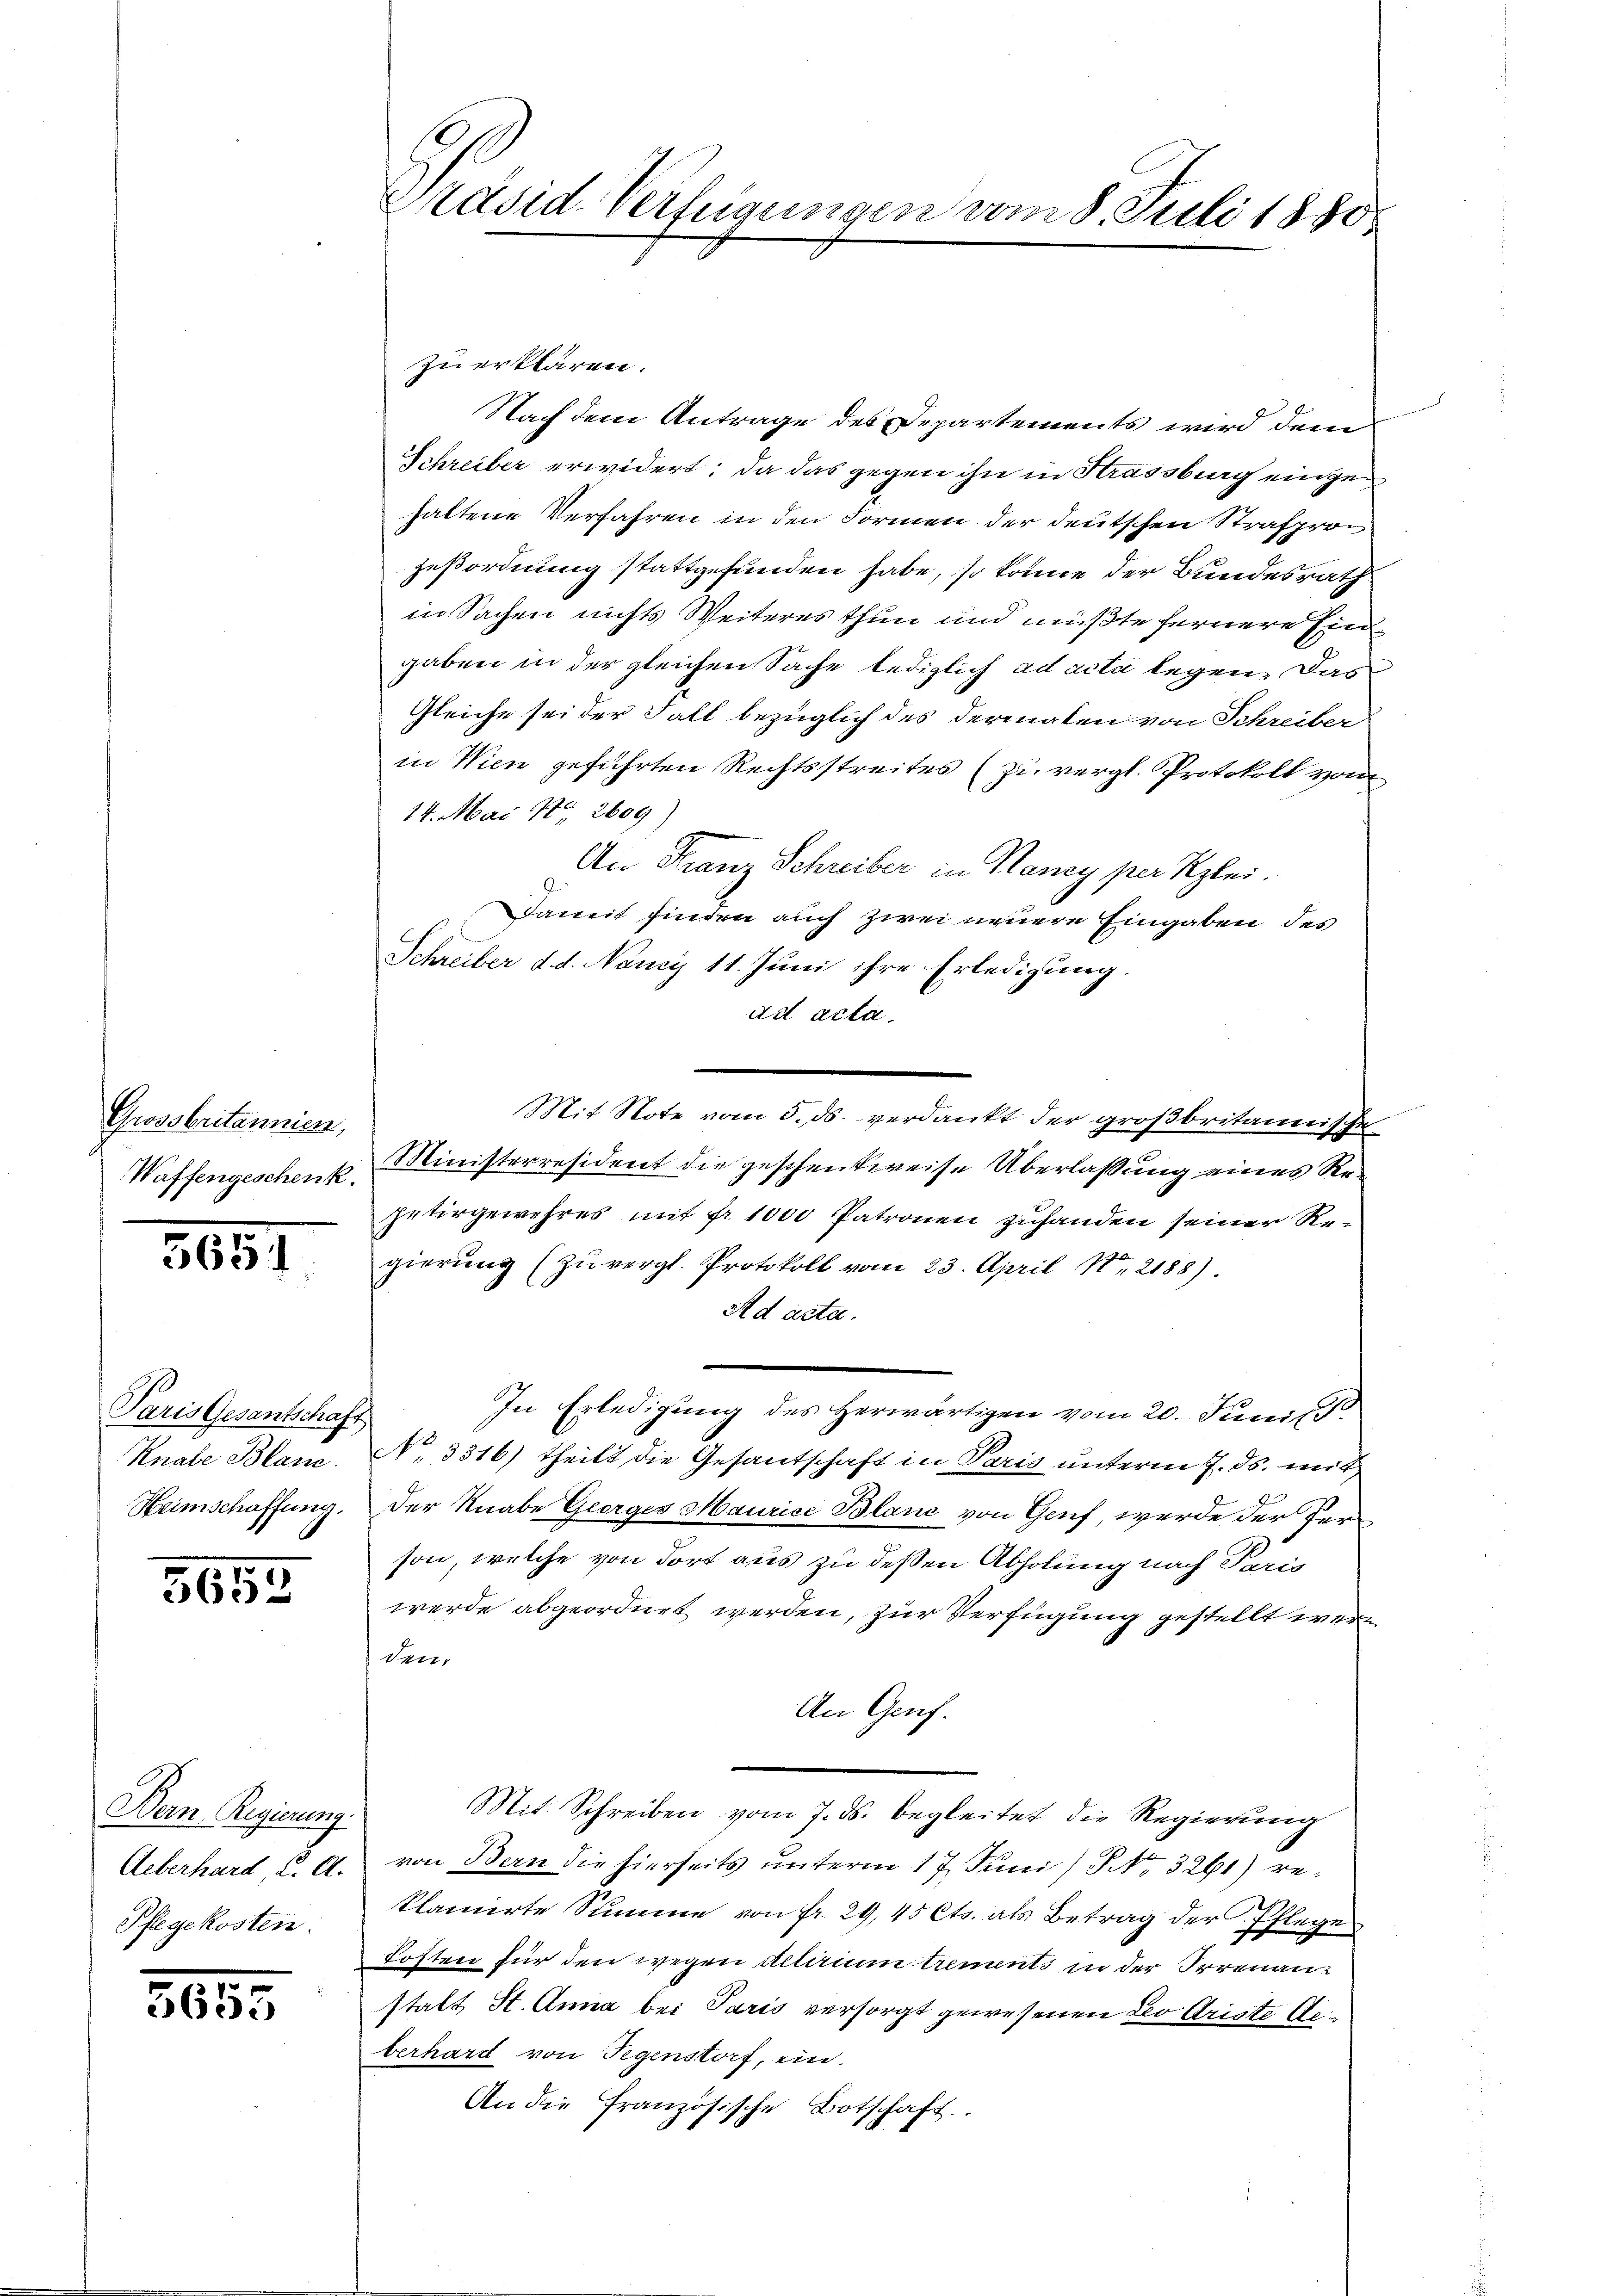
Grossbritannien,
Waffengeschenk

5651

Paris Gesantschaft
Knale Blanc
Heimschaffung.

5652

Dern Regierung.
Ueberhard C. A.
Pfegekosten.

5655

Präsid-Verfügungen vom 8. Juli 1850

zu erklären.
Nach dem Antrage des Departements wird dem
Schreiber erwidert; da das gegen ihn in Krassburg einzuhaltene Verfahren in den Formen der deutschen Strafprozeßordnung stattgefunden habe, so könne der Bundesrath
in Sachen nichts Weiteres thun und mußte fernere Eingaben in der gleichen Sache lediglich ad acta legen. Das
Gleiche sei der Fall bezüglich des dermalen von Schreiber
in Wien geführten Rechtsstreites (zu vergl. Protokoll vom
14. Mai No 2609)
An Franz Schreiber in Raney per Szlei.
Damit finden auch zwei neuere Eingaben des
Schreiber d. d. Nancy 11. Juni ihre Erledigung.
ad acta.
Mit Note vom 5. ds. verdankt der großbritannische
Ministerresident die geschenkweise Überlaßung eines Regütergewehres mit Fr. 1000 Patronen zuhanden seiner Regierung (zu vergl. Protokoll vom 23. April No 2188)
Ad acta.
In Erledigung des herwärtigen vom 20. Juni
No 3316) theilt die Gesantschaft in Paris unterm 7. ds. mit
Der Knabe Georges Maurice Blanc von Genf werde der Person, welche von dort aus zu deßen Abholung nach Perin
werde abgeordnet werden, zur Verfügung gestellt werden.
An Genf.
Mit Schreiben vom 7. ds. begleitet die Regierung
von Bern die hierseits unterm 17. Juni / No. 3261) reklamirte Summe von fr. 29,45 Cts. als Betrag der Pflege
Kosten für den wegen Actirium trements in der Irrenanstatt St. Anna bei Paris versorgt gewesenen Leo Ariste Geberhard von Gegenstorf, ein.
An die Französische Botschaft